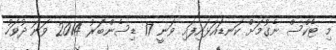
މި ޓެކްސް ނެގުމަށް ކަނޑައަޅައިފައި ވަނީ 17 ޑިސެންބަރު 2014 ވަނަ ދުވަހު